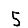
Digit: 5